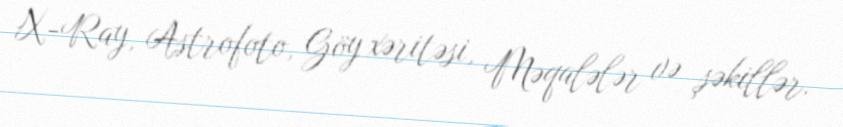
X-Ray, Astrofoto, Göy xəritəsi, Məqalələr və şəkillər.